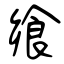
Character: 飨